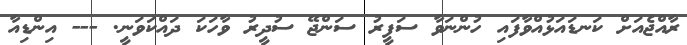
ރާއްޖެއަށް ކަނޑައަޅުއްވާފައި ހުންނަވާ ސަފީރު ސަންޖޭ ސުދީރު ވާހަކަ ދައްކަވަނީ. --- އިންޑިއާ